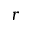
r